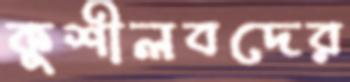
কুশীলবদের